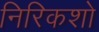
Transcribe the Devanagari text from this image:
निरिकशो